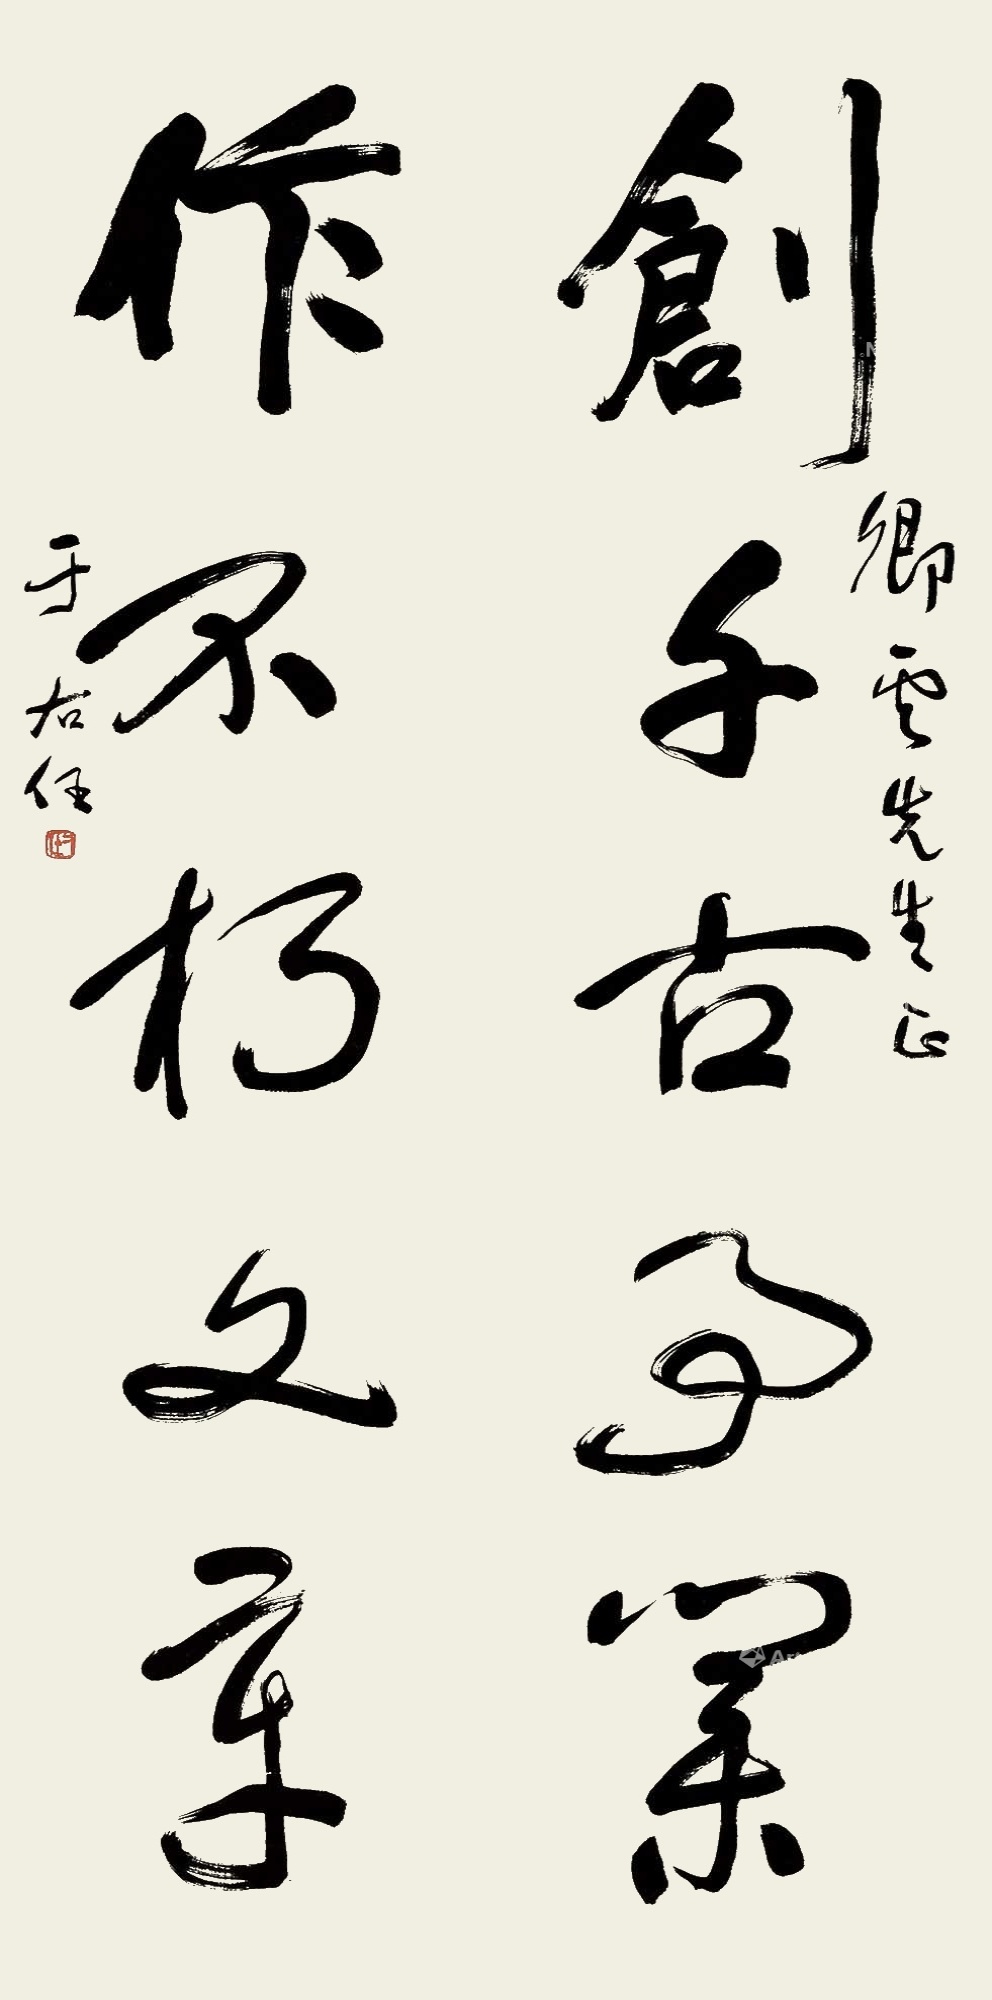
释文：创千古事业，作不朽文章。卿云先生正，于右任。